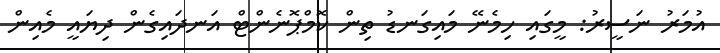
އުމަރު ނަސީރު: މީގައި ހިމެނޭ މައިގަނޑު ތިން ކޮމްޕޮނެންޓް އަނދައިގެން ދިޔައީ މެއިން